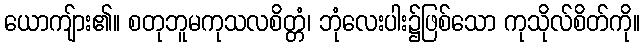
ယောကျ်ား၏။ စတုဘူမကုသလစိတ္တံ၊ ဘုံလေးပါး၌ဖြစ်သော ကုသိုလ်စိတ်ကို။